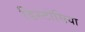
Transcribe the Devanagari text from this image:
डिस्टोसिया